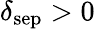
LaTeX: \delta_{\mathrm{sep}}>0